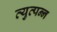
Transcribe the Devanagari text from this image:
व्‍युत्‍पन्‍न